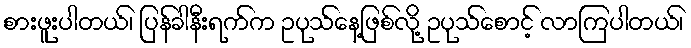
စားဖူးပါတယ်၊ ပြန်ခါနီးရက်က ဥပုသ်နေ့ဖြစ်လို့ ဥပုသ်စောင့် လာကြပါတယ်၊